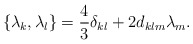
\begin{align*}\{{\lambda}_k,{\lambda}_l\}=\frac{4}{3}{\delta}_{kl}+2d_{klm}{\lambda}_m.\end{align*}